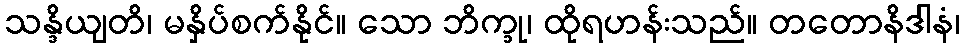
သန္ဒိယျတိ၊ မနှိပ်စက်နိုင်။ သော ဘိက္ခု၊ ထိုရဟန်းသည်။ တတောနိဒါနံ၊